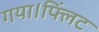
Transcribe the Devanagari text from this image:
गया।फ्लिंट